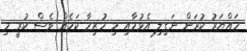
ހައްޔަރު ކުރަން ނަގިލި އެޅުމާއި މި ހުރިހާ ކަމެއް ވެސް ކުރީ މި